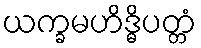
ယက္ခမဟိဒ္ဓိပတ္တံ